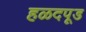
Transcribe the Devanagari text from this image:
हळदपूड